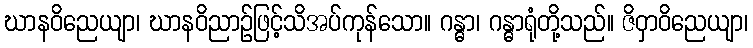
ဃာနဝိညေယျာ၊ ဃာနဝိညာဉ်ဖြင့်သိအပ်ကုန်သော။ ဂန္ဓာ၊ ဂန္ဓာရုံတို့သည်။ ဇိဝှာဝိညေယျာ၊